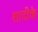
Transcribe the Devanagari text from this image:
शादीके